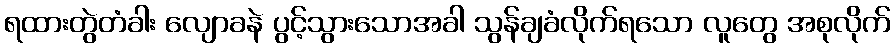
ရထားတွဲတံခါး လျောခနဲ ပွင့်သွားသောအခါ သွန်ချခံလိုက်ရသော လူတွေ အစုလိုက်